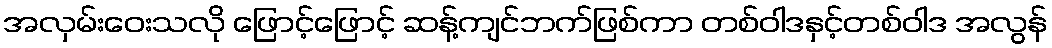
အလှမ်းဝေးသလို ဖြောင့်ဖြောင့် ဆန့်ကျင်ဘက်ဖြစ်ကာ တစ်ဝါဒနှင့်တစ်ဝါဒ အလွန်